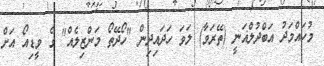
މުހައްމަދު އަބްދުލްޣަނީ (ތޭރަވާ) ލަވަ ހަދައިދިން "ހޯދޭތޯ މަންޒިލެއް" ގެ ވީޑިއޯ އަށް